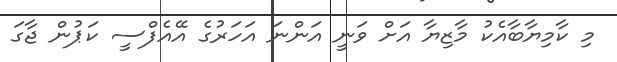
މި ކާމިޔާބާއެކު މާޒިޔާ އަށް ވަނީ އަންނަ އަހަރުގެ އޭއެފްސީ ކަޕުން ޖާގަ